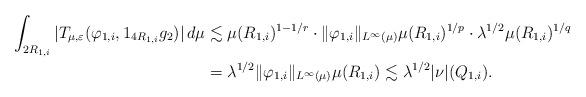
LaTeX: \begin{align*}\int_{ 2R_{1,i} } |T_{\mu, \varepsilon}(\varphi_{1,i}, 1_{4R_{1,i}}g_2)|\,d\mu &\lesssim \mu(R_{1,i})^{1-1/r} \cdot \|\varphi_{1,i}\|_{L^{\infty}(\mu)} \mu(R_{1,i})^{1/p} \cdot \lambda^{1/2} \mu(R_{1,i})^{1/q} \\&= \lambda^{1/2}\|\varphi_{1,i}\|_{L^{\infty}(\mu)} \mu(R_{1,i}) \lesssim \lambda^{1/2}|\nu|(Q_{1,i}).\end{align*}